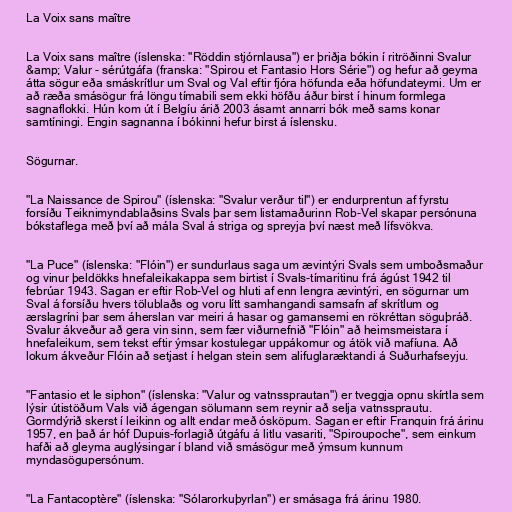
La Voix sans maître

La Voix sans maître (íslenska: "Röddin stjórnlausa") er þriðja bókin í ritröðinni Svalur
&amp; Valur - sérútgáfa (franska: "Spirou et Fantasio Hors Série") og hefur að geyma
átta sögur eða smáskrítlur um Sval og Val eftir fjóra höfunda eða höfundateymi. Um er
að ræða smásögur frá löngu tímabili sem ekki höfðu áður birst í hinum formlega
sagnaflokki. Hún kom út í Belgíu árið 2003 ásamt annarri bók með sams konar
samtíningi. Engin sagnanna í bókinni hefur birst á íslensku.

Sögurnar.

"La Naissance de Spirou" (íslenska: "Svalur verður til") er endurprentun af fyrstu
forsíðu Teiknimyndablaðsins Svals þar sem listamaðurinn Rob-Vel skapar persónuna
bókstaflega með því að mála Sval á striga og spreyja því næst með lífsvökva.

"La Puce" (íslenska: "Flóin") er sundurlaus saga um ævintýri Svals sem umboðsmaður
og vinur þeldökks hnefaleikakappa sem birtist í Svals-tímaritinu frá ágúst 1942 til
febrúar 1943. Sagan er eftir Rob-Vel og hluti af enn lengra ævintýri, en sögurnar um
Sval á forsíðu hvers tölublaðs og voru lítt samhangandi samsafn af skrítlum og
ærslagríni þar sem áherslan var meiri á hasar og gamansemi en rökréttan söguþráð.
Svalur ákveður að gera vin sinn, sem fær viðurnefnið "Flóin" að heimsmeistara í
hnefaleikum, sem tekst eftir ýmsar kostulegar uppákomur og átök við mafíuna. Að
lokum ákveður Flóin að setjast í helgan stein sem alifuglaræktandi á Suðurhafseyju.

"Fantasio et le siphon" (íslenska: "Valur og vatnssprautan") er tveggja opnu skírtla sem
lýsir útistöðum Vals við ágengan sölumann sem reynir að selja vatnssprautu.
Gormdýrið skerst í leikinn og allt endar með ósköpum. Sagan er eftir Franquin frá árinu
1957, en það ár hóf Dupuis-forlagið útgáfu á litlu vasariti, "Spiroupoche", sem einkum
hafði að gleyma auglýsingar í bland við smásögur með ýmsum kunnum
myndasögupersónum.

"La Fantacoptère" (íslenska: "Sólarorkuþyrlan") er smásaga frá árinu 1980.